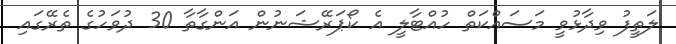
ލަތީފު ވިދާޅުވީ މަސައްކަތް ހުއްޓާލީ އެ ކޯޕަރޭޝަނުން އަންގާތާ 30 ދުވަހުގެ ތެރޭގައި